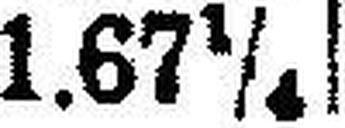
1.67¼